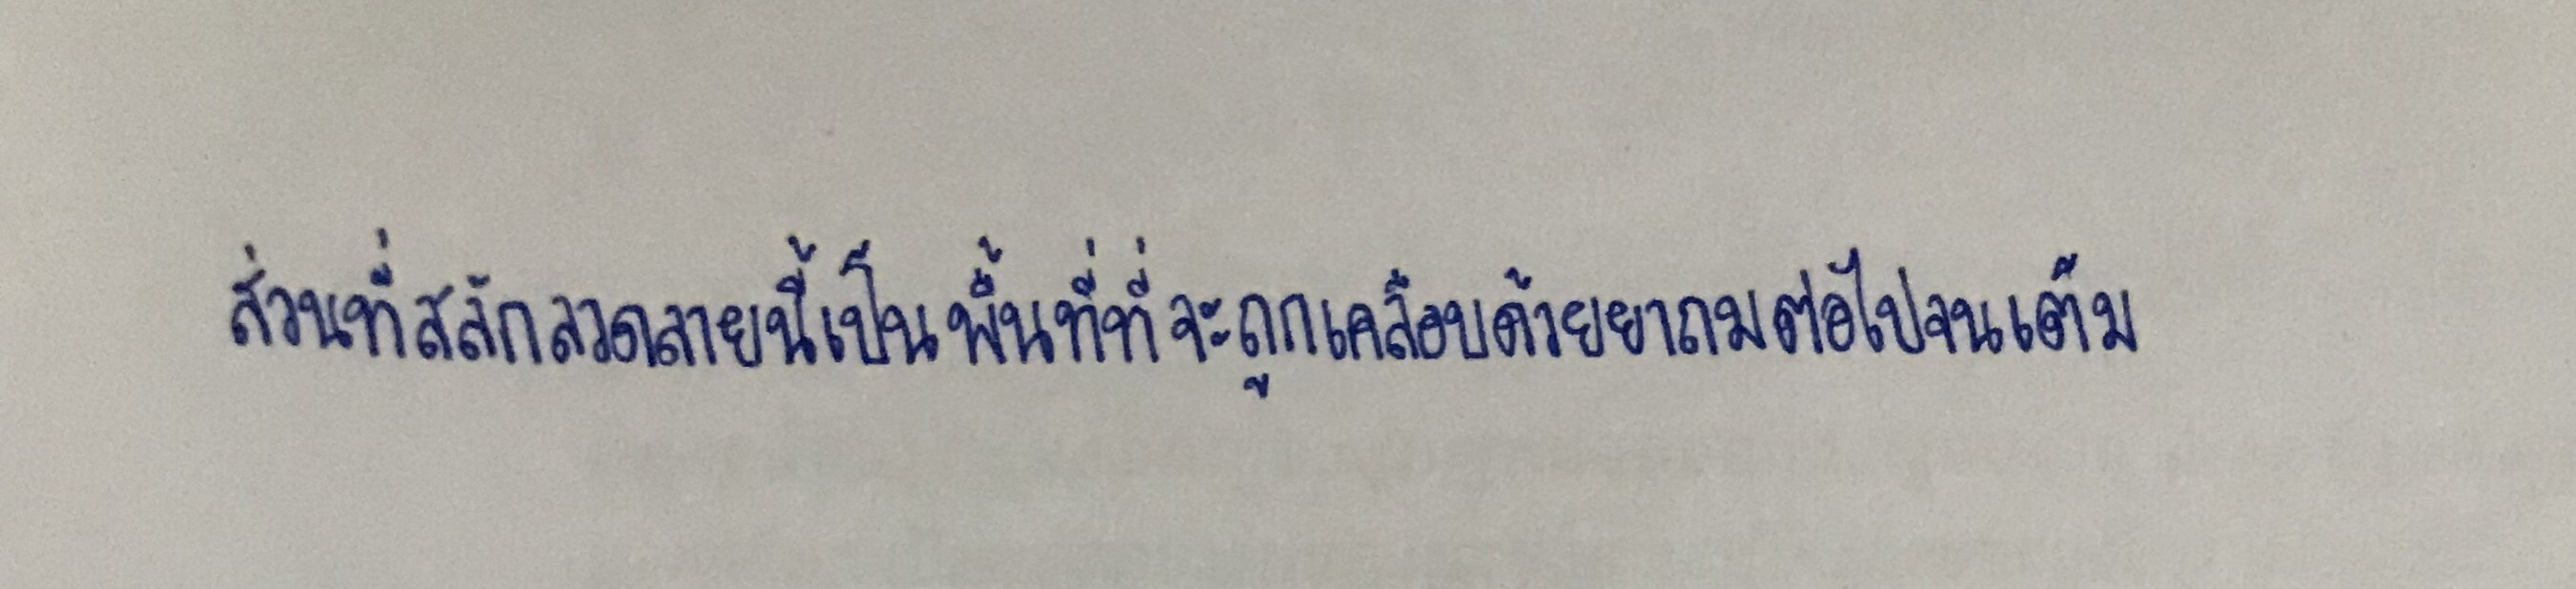
ส่วนที่สลักลวดลายนี้เป็นพื้นที่ที่จะถูกเคลือบด้วยยาถมต่อไปจนเต็ม